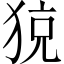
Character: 𤞀